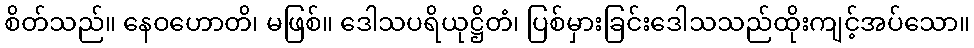
စိတ်သည်။ နေဝဟောတိ၊ မဖြစ်။ ဒေါသပရိယုဋ္ဌိတံ၊ ပြစ်မှားခြင်းဒေါသသည်ထိုးကျင့်အပ်သော။